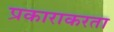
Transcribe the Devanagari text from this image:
प्रकाराकरता